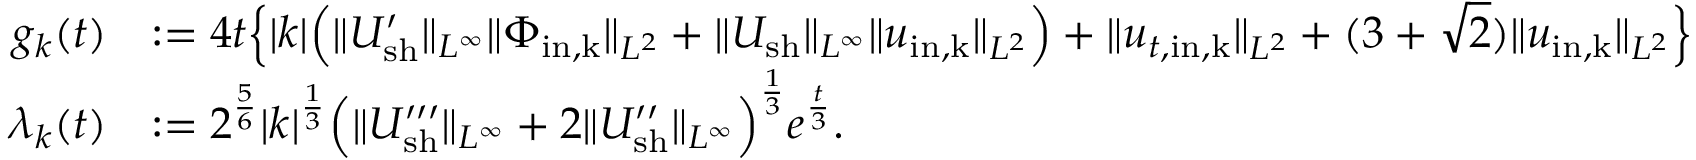
\begin{array} { r l } { g _ { k } ( t ) } & { : = 4 t \Big \{ | k | \Big ( \| U _ { \mathrm { s h } } ^ { \prime } \| _ { L ^ { \infty } } \| \Phi _ { \mathrm { i n , k } } \| _ { L ^ { 2 } } + \| U _ { \mathrm { s h } } \| _ { L ^ { \infty } } \| u _ { \mathrm { i n , k } } \| _ { L ^ { 2 } } \Big ) + \| u _ { t , \mathrm { i n , k } } \| _ { L ^ { 2 } } + ( 3 + \sqrt { 2 } ) \| u _ { \mathrm { i n , k } } \| _ { L ^ { 2 } } \Big \} } \\ { \lambda _ { k } ( t ) } & { : = 2 ^ { \frac { 5 } { 6 } } | k | ^ { \frac { 1 } { 3 } } \Big ( \| U _ { \mathrm { s h } } ^ { \prime \prime \prime } \| _ { L ^ { \infty } } + 2 \| U _ { \mathrm { s h } } ^ { \prime \prime } \| _ { L ^ { \infty } } \Big ) ^ { \frac { 1 } { 3 } } e ^ { \frac { t } { 3 } } . } \end{array}